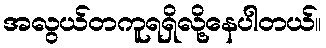
အလွယ်တကူရရှိလို့နေပါတယ်။